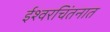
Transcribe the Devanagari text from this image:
ईश्वरचिंतनात